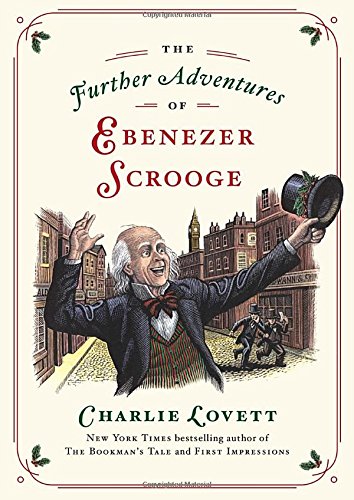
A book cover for The Further Adventures of Ebenezer Scrooge; Charlie Lovett; Literature & Fiction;